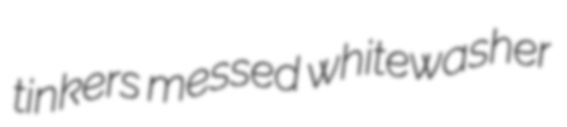
tinkers messed whitewasher